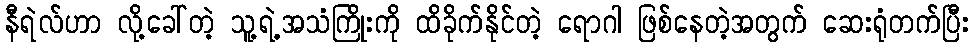
နီရဲလ်ဟာ လို့ခေါ်တဲ့ သူ့ရဲ့အသံကြိုးကို ထိခိုက်နိုင်တဲ့ ရောဂါ ဖြစ်နေတဲ့အတွက် ဆေးရုံတက်ပြီး